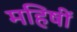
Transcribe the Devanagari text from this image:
महिषीं